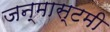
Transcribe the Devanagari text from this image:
जन्मास्टमी